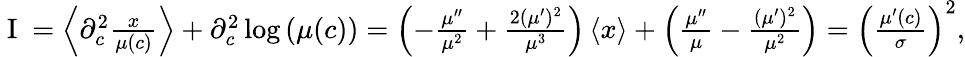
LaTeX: \begin{array}{r}{\mathrm{~I~}=\left\langle\partial_{c}^{2}\frac{x}{\mu(c)}\right\rangle+\partial_{c}^{2}\log\left(\mu(c)\right)=\left(-\frac{\mu^{\prime\prime}}{\mu^{2}}+\frac{2(\mu^{\prime})^{2}}{\mu^{3}}\right)\left\langle x\right\rangle+\left(\frac{\mu^{\prime\prime}}{\mu}-\frac{(\mu^{\prime})^{2}}{\mu^{2}}\right)=\left(\frac{\mu^{\prime}(c)}{\sigma}\right)^{2},}\end{array}